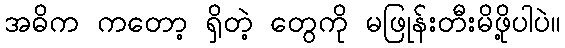
အဓိက ကတော့ ရှိတဲ့ တွေကို မဖြုန်းတီးမိဖို့ပါပဲ။